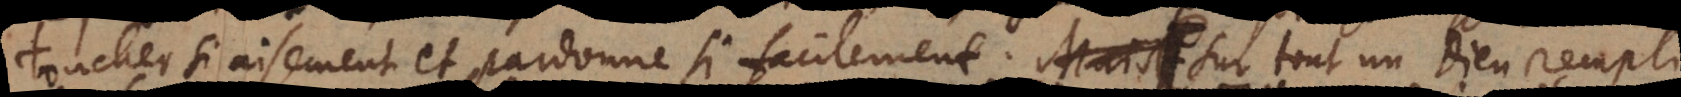
si aisement et pardonne si facilement (: surtout un Dieu rempli